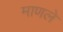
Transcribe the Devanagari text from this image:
माणले